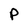
Character: P